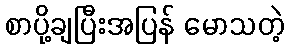
စာပို့ချပြီးအပြန် မောသတဲ့